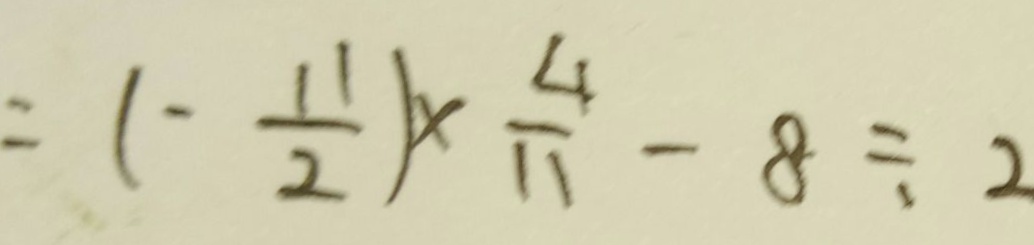
= ( - \frac { 1 1 } { 2 } ) \times \frac { 4 } { 1 1 } - 8 \div 2